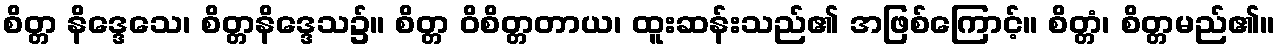
စိတ္တ နိဒ္ဒေသေ၊ စိတ္တနိဒ္ဒေသ၌။ စိတ္တ ဝိစိတ္တတာယ၊ ထူးဆန်းသည်၏ အဖြစ်ကြောင့်။ စိတ္တံ၊ စိတ္တမည်၏။